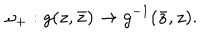
LaTeX: \omega _ { + } : g ( z , \bar { z } ) \to g ^ { - 1 } ( \bar { z } , z ) .